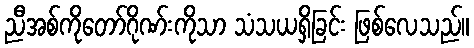
ညီအစ်ကိုတော်ဂိုဏ်းကိုသာ သံသယရှိခြင်း ဖြစ်လေသည်။